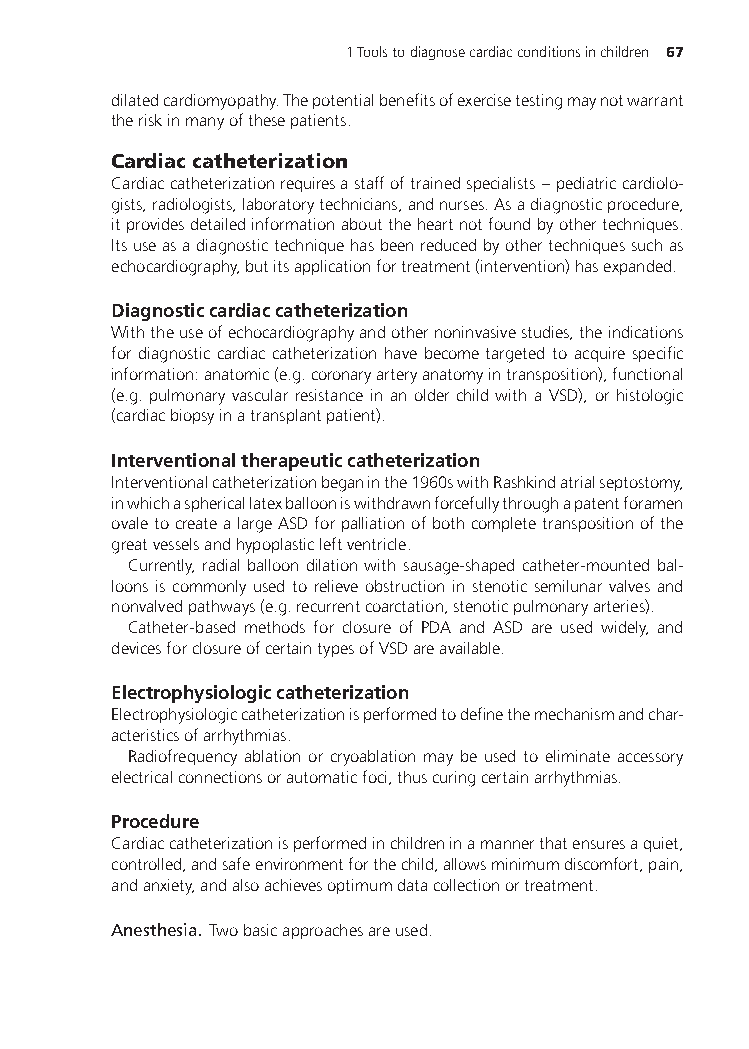
1Toolstodiagnosecardiacconditionsinchildren 67
 dilatedcardiomyopathy.Thepotentialbenefitsofexercisetestingmaynotwarrant
 theriskinmanyofthesepatients.
 Cardiaccatheterization
 Cardiaccatheterizationrequiresastaffoftrainedspecialists–pediatriccardiolo-
 gists,radiologists,laboratorytechnicians,andnurses.Asadiagnosticprocedure,
 itprovidesdetailedinformationabouttheheartnotfoundbyothertechniques.
 Itsuseasadiagnostictechniquehasbeenreducedbyothertechniquessuchas
 echocardiography,butitsapplicationfortreatment(intervention)hasexpanded.
 Diagnosticcardiaccatheterization
 Withtheuseofechocardiographyandothernoninvasivestudies,theindications
 for diagnostic cardiac catheterization have become targeted to acquire specific
 information:anatomic(e.g.coronaryarteryanatomyintransposition),functional
 (e.g. pulmonary vascular resistance in an older child with a VSD), or histologic
 (cardiacbiopsyinatransplantpatient).
 Interventionaltherapeuticcatheterization
 Interventionalcatheterizationbeganinthe1960swithRashkindatrialseptostomy,
 inwhichasphericallatexballooniswithdrawnforcefullythroughapatentforamen
 ovaletocreatealargeASDforpalliationofbothcompletetranspositionofthe
 greatvesselsandhypoplasticleftventricle.
 Currently, radial balloon dilation with sausage-shaped catheter-mounted bal-
 loons is commonly used to relieve obstruction in stenotic semilunar valves and
 nonvalvedpathways(e.g.recurrentcoarctation,stenoticpulmonaryarteries).
 Catheter-based methods for closure of PDA and ASD are used widely, and
 devicesforclosureofcertaintypesofVSDareavailable.
 Electrophysiologiccatheterization
 Electrophysiologiccatheterizationisperformedtodefinethemechanismandchar-
 acteristicsofarrhythmias.
 Radiofrequency ablation or cryoablation may be used to eliminate accessory
 electricalconnectionsorautomaticfoci,thuscuringcertainarrhythmias.
 Procedure
 Cardiaccatheterizationisperformedinchildreninamannerthatensuresaquiet,
 controlled,andsafeenvironmentforthechild,allowsminimumdiscomfort,pain,
 andanxiety,andalsoachievesoptimumdatacollectionortreatment.
 Anesthesia. Twobasicapproachesareused.